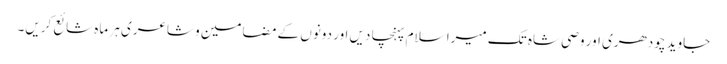
جاوید چودھری اور وصی شاہ تک میرا سلام پہنچا دیں اور دونوں کے مضامین و شاعری ہر ماہ شائع کریں۔